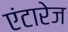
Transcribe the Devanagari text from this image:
एंटारेज